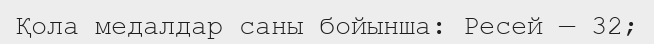
Қола медалдар саны бойынша: Ресей — 32;